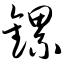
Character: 镙